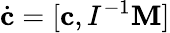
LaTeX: \dot{\mathbf c}=[{\mathbf c},I^{-1}{\mathbf M}]